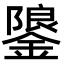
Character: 𮢳